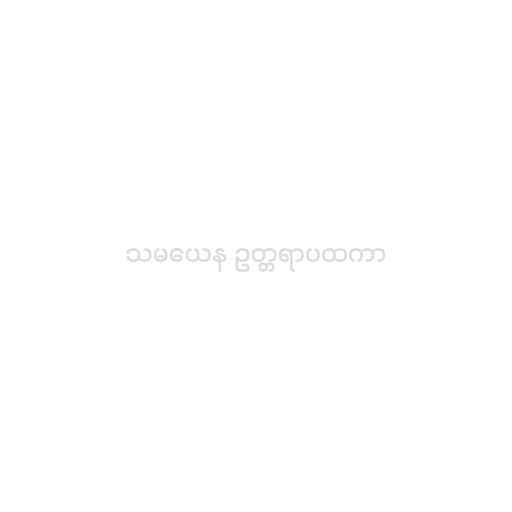
သမယေန ဥတ္တရာပထကာ